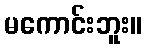
မကောင်းဘူး။